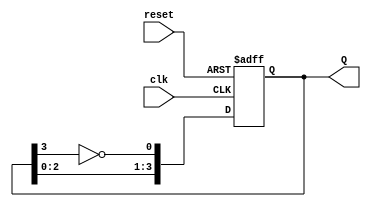
module johnson_counter (
    input wire clk,       // Clock signal
    input wire reset,     // Active-high reset signal
    output reg [3:0] Q    // 4-bit counter output
);

    // Always block triggered on the rising edge of the clock or when reset is asserted
    always @(posedge clk or posedge reset) begin
        if (reset) begin
            // Reset the counter to 0000
            Q <= 4'b0000;
        end else begin
            // Johnson counter logic
            Q[0] <= ~Q[3];  // DFF0 takes the inverted output of DFF3
            Q[1] <= Q[0];   // DFF1 takes the output of DFF0
            Q[2] <= Q[1];   // DFF2 takes the output of DFF1
            Q[3] <= Q[2];   // DFF3 takes the output of DFF2
        end
    end

endmodule